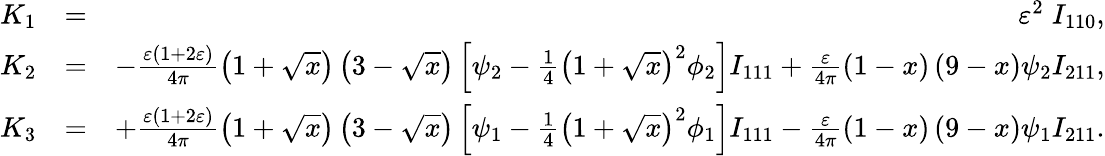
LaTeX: \begin{array}{rlr}{K_{1}}&{=}&{\varepsilon^{2}\; I_{110},}\\ {K_{2}}&{=}&{-\frac{\varepsilon\left(1+2\varepsilon\right)}{4\pi}\left(1+\sqrt{x}\right)\left(3-\sqrt{x}\right)\left[\psi_{2}-\frac{1}{4}\left(1+\sqrt{x}\right)^{2}\phi_{2}\right]I_{111}+\frac{\varepsilon}{4\pi}\left(1-x\right)\left(9-x\right)\psi_{2}I_{211},}\\ {K_{3}}&{=}&{+\frac{\varepsilon\left(1+2\varepsilon\right)}{4\pi}\left(1+\sqrt{x}\right)\left(3-\sqrt{x}\right)\left[\psi_{1}-\frac{1}{4}\left(1+\sqrt{x}\right)^{2}\phi_{1}\right]I_{111}-\frac{\varepsilon}{4\pi}\left(1-x\right)\left(9-x\right)\psi_{1}I_{211}.}\end{array}